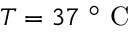
T = 3 7 \mathrm { ~ } ^ { \circ } \mathrm { ~ C ~ }